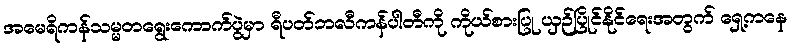
အမေရိကန်သမ္မတရွေးကောက်ပွဲမှာ ရီပတ်ဘလီကန်ပါတီကို ကိုယ်စားပြု ယှဉ်ပြိုင်နိုင်ရေးအတွက် ရှေ့ကနေ